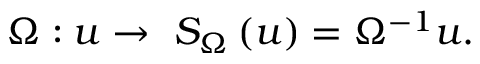
\Omega : u \rightarrow \ { S _ { \Omega } } \left( u \right) = { { \Omega } ^ { - 1 } } u .